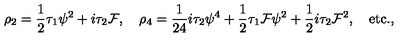
\rho _ { 2 } = { \frac { 1 } { 2 } } \tau _ { 1 } \psi ^ { 2 } + i \tau _ { 2 } { \cal F } , \quad \rho _ { 4 } = { \frac { 1 } { 2 4 } } i \tau _ { 2 } \psi ^ { 4 } + { \frac { 1 } { 2 } } \tau _ { 1 } { \cal F } \psi ^ { 2 } + { \frac { 1 } { 2 } } i \tau _ { 2 } { \cal F } ^ { 2 } , \quad \mathrm { e t c . } ,